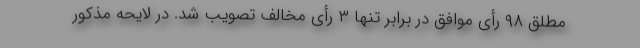
مطلق ۹۸ رأی موافق در برابر تنها ۳ رأی مخالف تصویب شد. در لایحه مذکور